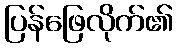
ပြန်ဖြေလိုက်၏